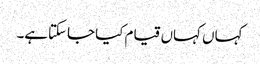
کہاں کہاں قیام کیا جاسکتاہے۔